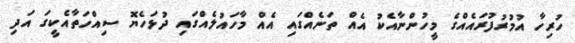
ހުރިހާ އުމުރުފުރައެއްގެ މީހުންނާއެކު އެއް ތަނެއްގައި އެއް މާހައުލެއްގައި ދުޅަހެޔޮ ސިއްހަތާއެކީގަ އަދި